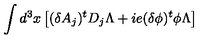
\int d ^ { 3 } x \left[ ( \delta A _ { j } ) ^ { t } D _ { j } \Lambda + i e ( \delta \phi ) ^ { t } \phi \Lambda \right]